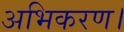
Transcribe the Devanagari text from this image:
अभिकरण।